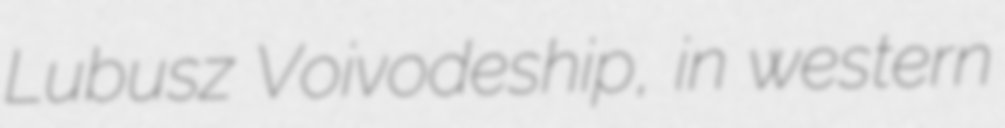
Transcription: Lubusz Voivodeship, in western